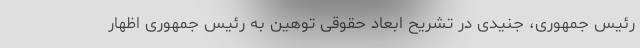
رئیس جمهوری، جنیدی در تشریح ابعاد حقوقی توهین به رئیس جمهوری اظهار